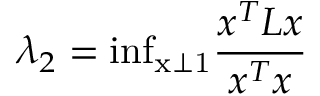
\lambda _ { 2 } = \mathrm { i n f _ { x \perp \mathrm { 1 } } } \frac { x ^ { T } L x } { x ^ { T } x }